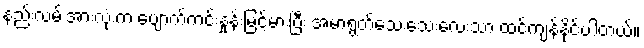
နည်းလမ်းအားလုံးက ပျောက်ကင်းနှုန်းမြင့်မားပြီး အမာရွတ်သေးသေးလေးသာ ထင်ကျန်နိုင်ပါတယ်။